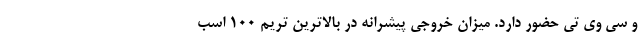
و سی وی تی حضور دارد. میزان خروجی پیشرانه در بالاترین تریم 100 اسب